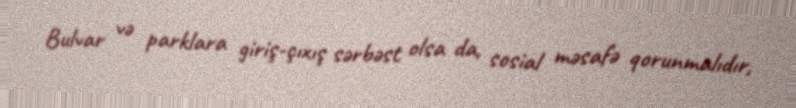
Bulvar və parklara giriş-çıxış sərbəst olsa da, sosial məsafə qorunmalıdır,